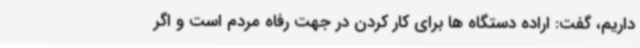
داریم، گفت: اراده دستگاه ها برای کار کردن در جهت رفاه مردم است و اگر